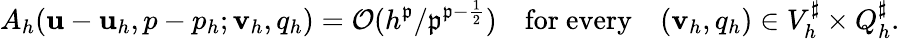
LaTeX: A_{h}(\mathbf{u}-\mathbf{u}_{h},p-p_{h};\mathbf{v}_{h},q_{h})=\mathcal{O}({h^{\mathfrak{p}}}/{\mathfrak{p}^{\mathfrak{p}-\frac{1}{2}}})\quad\mathrm{for~every}\quad(\mathbf{v}_{h},q_{h})\in V_{h}^{\sharp}\times Q_{h}^{\sharp}.